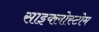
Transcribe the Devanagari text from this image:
साइक्लोस्टोम